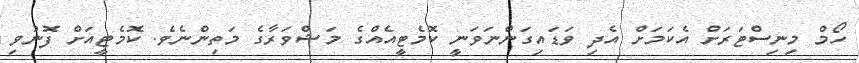
ހޯމް މިނިސްޓަރަށް އެކަމަށް އެދި ވަޑައިގަންނަވަނީ ކޮމެޓީއެއްގެ މަޝްވަރާގެ މަތިންނެވެ. ކޮމެޓީއަށް ފޮނުވި